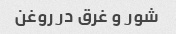
شور و غرق در روغن